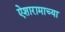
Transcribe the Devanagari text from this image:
ऐशारामाच्या